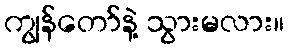
ကျွန်တော်နဲ့ သွားမလား။